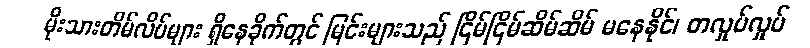
မိုးသားတိမ်လိပ်များ ရှိနေခိုက်တွင် မြင်းများသည် ငြိမ်ငြိမ်ဆိမ်ဆိမ် မနေနိုင်၊ တလှုပ်လှုပ်